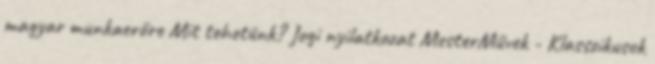
magyar munkaerőre Mit tehetünk? Jogi nyilatkozat MesterMűvek - Klasszikusok